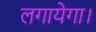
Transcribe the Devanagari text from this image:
लगायेगा।